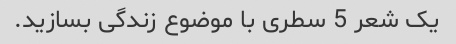
یک شعر 5 سطری با موضوع زندگی بسازید.